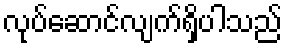
လုပ်ဆောင်လျက်ရှိပါသည်